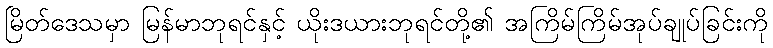
မြိတ်ဒေသမှာ မြန်မာဘုရင်နှင့် ယိုးဒယားဘုရင်တို့၏ အကြိမ်ကြိမ်အုပ်ချုပ်ခြင်းကို